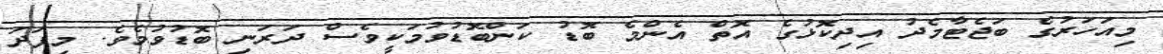
މިއަހަރުގެ ބަޖެޓާމެދު އިދިކޮޅުގެ އޮތް އެންމެ ބޮޑު ކަންބޮޑުވުމަކީވެސް ދަރަނި ބޮޑުވުމެވެ. މިފަދަ